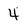
Character: 4